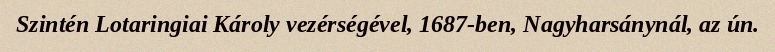
Szintén Lotaringiai Károly vezérségével, 1687-ben, Nagyharsánynál, az ún.